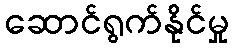
ဆောင်ရွက်နိုင်မှု